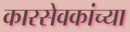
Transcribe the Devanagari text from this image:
कारसेवकांच्या